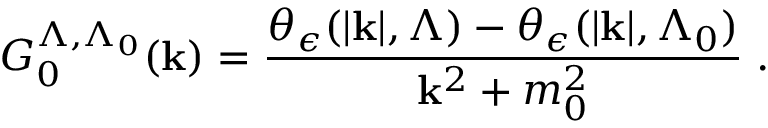
G _ { 0 } ^ { \Lambda , \Lambda _ { 0 } } ( { \bf { k } } ) = \frac { \theta _ { \epsilon } ( | { \bf { k } } | , \Lambda ) - \theta _ { \epsilon } ( | { \bf { k } } | , \Lambda _ { 0 } ) } { { \bf { k } } ^ { 2 } + m _ { 0 } ^ { 2 } } \; .